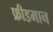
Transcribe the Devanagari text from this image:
फ्रीडमान